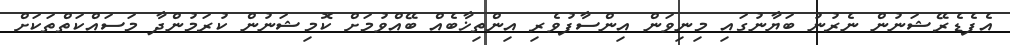
އެފެޑެރޭޝަނުން ނެރުނު ބަޔާނުގައި މިނިވަން އިންސާފުވެރި އިންތިޚާބެއް ބޭއްވުމަށް ކޮމިޝަނުން ކުރަމުންދާ މަސައްކަތްތަކަށް